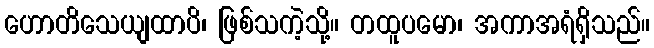
ဟောတိသေယျထာပိ၊ ဖြစ်သကဲ့သို့။ တထူပမော၊ အကာအရံရှိသည်။